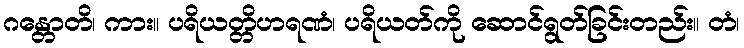
ဂန္တောတိ၊ ကား။ ပရိယတ္တိဟရဏံ၊ ပရိယတ်ကို ဆောင်ရွတ်ခြင်းတည်း။ တံ၊